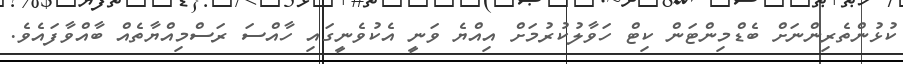
ކުޅުންތެރިންނަށް ބެޑްމިންޓަން ކިޓް ހަވާލުކުރުމަށް އިއްޔެ ވަނީ އެކުވެނީގައި ހާއްސަ ރަސްމިއްޔާތެއް ބާއްވާފައެވެ.